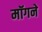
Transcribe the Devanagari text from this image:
मॉगने